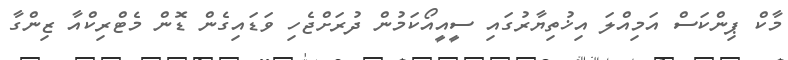
މާކް ޕިންކަސް އަމިއްލަ އިޚުތިޔާރުގައި ސީއީއޯކަމުން ދުރަށްޖެހި ވަޑައިގެން ޑޮން މެޓްރިކްއާ ޒިންގާ